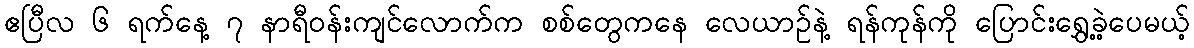
ဧပြီလ ၆ ရက်နေ့ ၇ နာရီဝန်းကျင်လောက်က စစ်တွေကနေ လေယာဉ်နဲ့ ရန်ကုန်ကို ပြောင်းရွှေ့ခဲ့ပေမယ့်